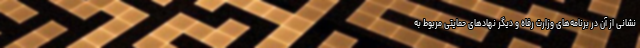
نشانی از آن در برنامه‌های وزارت رفاه و دیگر نهادهای حمایتی مربوط به